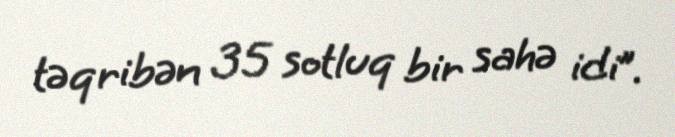
təqribən 35 sotluq bir sahə idi”.